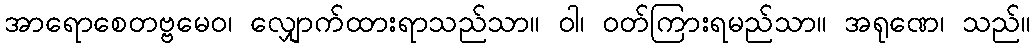
အာရောစေတဗ္ဗမေဝ၊ လျှောက်ထားရာသည်သာ။ ဝါ၊ ဝတ်ကြားရမည်သာ။ အရုဏေ၊ သည်။